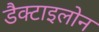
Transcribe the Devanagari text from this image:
डैक्टाइलोन